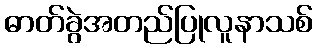
ဓာတ်ခွဲအတည်ပြုလူနာသစ်